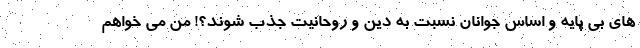
های بی پایه و اساس جوانان نسبت به دین و روحانیت جذب شوند؟! من می خواهم